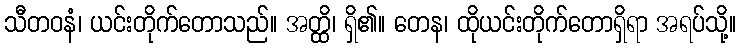
သီတဝနံ၊ ယင်းတိုက်တောသည်။ အတ္ထိ၊ ရှိ၏။ တေန၊ ထိုယင်းတိုက်တောရှိရာ အရပ်သို့။